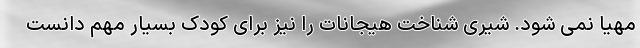
مهیا نمی شود. شیری شناخت هیجانات را نیز برای کودک بسیار مهم دانست